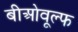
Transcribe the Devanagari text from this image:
बीओवूल्फ